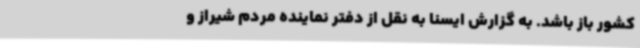
کشور باز باشد. به گزارش ایسنا به نقل از دفتر نماینده مردم شیراز و